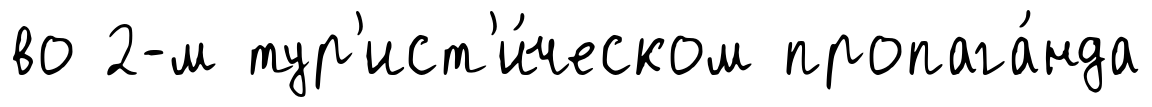
во 2-м тур'ист'и́ческом пропага́нда